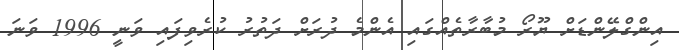
އިންގްލޭންޑަށް ޔޫރޯ މުބާރާތެއްގައި އެންމެ ދުރަށް ދަތުރު ކުރެވިފައި ވަނީ 1996 ވަނަ